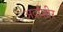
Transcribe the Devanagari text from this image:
अर्दाशीर